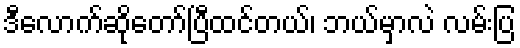
ဒီလောက်ဆိုတော်ပြီထင်တယ်၊ ဘယ်မှာလဲ လမ်းပြ